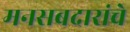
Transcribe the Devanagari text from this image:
मनसबदारांचे